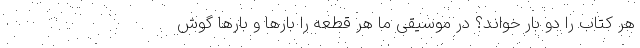
هر کتاب را دو بار خواند؟ در موسیقی ما هر قطعه را بارها و بارها گوش